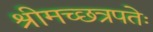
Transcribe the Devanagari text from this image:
श्रीमच्छत्रपतेः